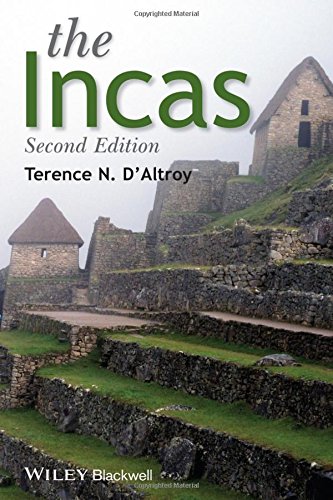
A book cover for The Incas (Peoples of America); Terence N. D'Altroy; History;